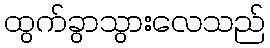
ထွက်ခွာသွားလေသည်